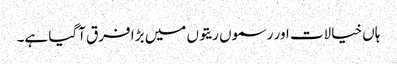
ہاں خیالات اور رسموں ریتوں میں بڑا فرق آگیا ہے۔